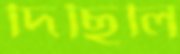
দিছিলি